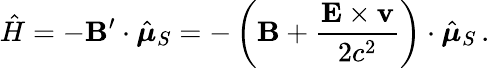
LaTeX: {\hat{H}}=-\mathbf{B}^{\prime}\cdot{\hat{\boldsymbol{\mu}}}_{S}=-\left(\mathbf{B}+{\frac{\mathbf{E}\times\mathbf{v}}{2c^{2}}}\right)\cdot{\hat{\boldsymbol{\mu}}}_{S}\, .